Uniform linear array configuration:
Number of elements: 12
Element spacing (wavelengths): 1
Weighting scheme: cosine
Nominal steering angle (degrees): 15
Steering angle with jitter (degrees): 16.327
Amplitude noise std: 0.05
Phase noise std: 0.05

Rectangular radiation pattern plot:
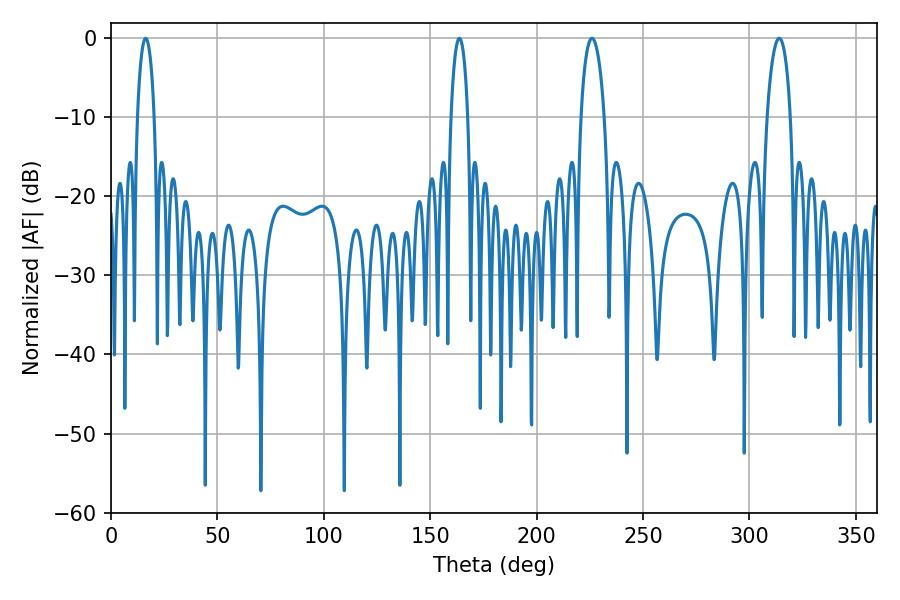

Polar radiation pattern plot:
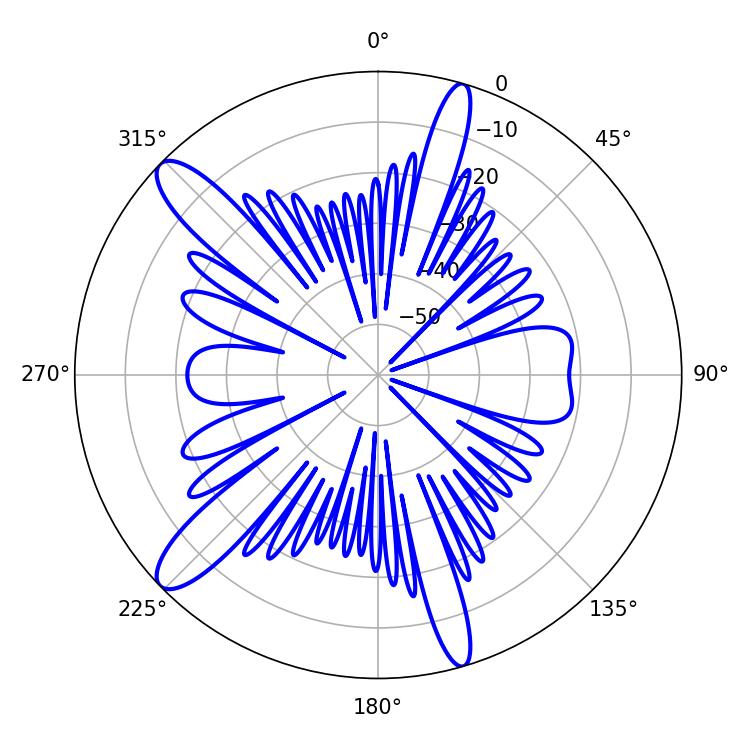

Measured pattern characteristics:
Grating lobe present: TRUE
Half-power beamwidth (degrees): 6.3
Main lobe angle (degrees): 226.08